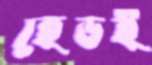
হেডই